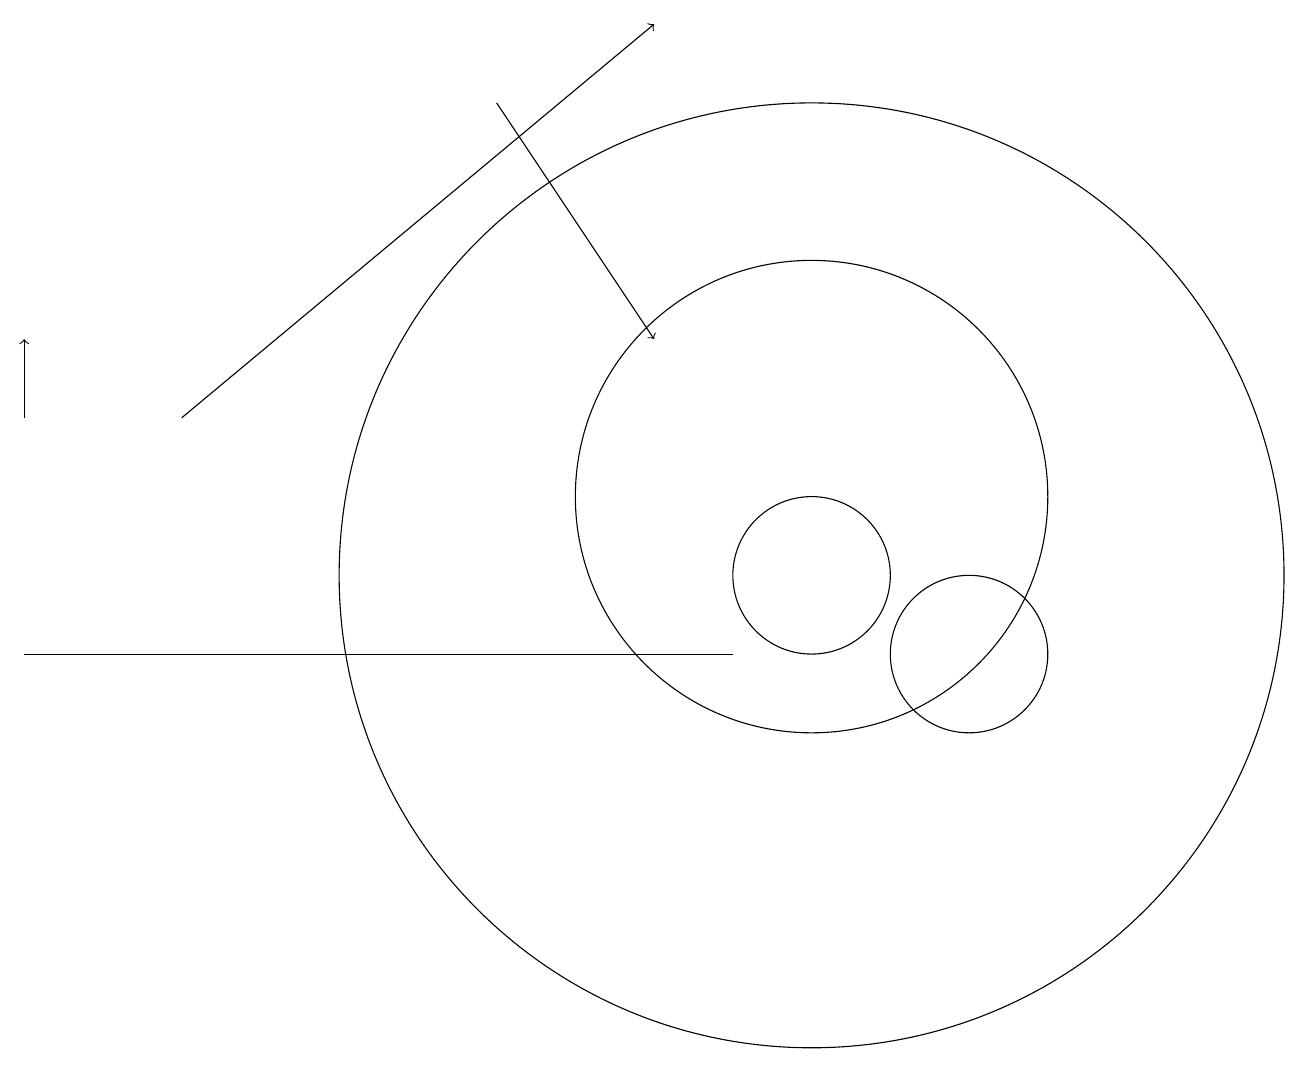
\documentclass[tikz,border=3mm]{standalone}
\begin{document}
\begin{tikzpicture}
\draw (12,10) circle (1);
\draw[->] (2,13) -- (8,18);
\draw[->] (0,13) -- (0,14);
\draw (10,11) circle (1);
\draw (10,11) circle (6);
\draw (10,12) circle (3);
\draw (9,10) rectangle (0,10);
\draw[->] (6,17) -- (8,14);
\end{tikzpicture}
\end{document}